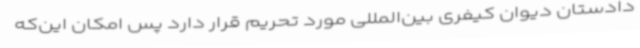
دادستان دیوان کیفری بین‌المللی مورد تحریم قرار دارد پس امکان این‌که